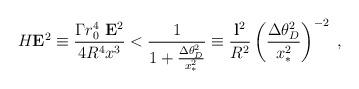
LaTeX: \begin{align*}H {\bf E}^2\equiv \frac {\Gamma r_0^4\ {\bf E}^2 }{4R^4 x^3} <\frac{1}{1+ \frac{\Delta \theta_D^2}{x_*^2}}\equiv \frac {{\bf l}^2 }{R^2} \left(\frac{\Delta\theta_D^2}{x_*^2}\right) ^{-2}\ ,\end{align*}